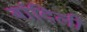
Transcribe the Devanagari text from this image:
बांदिली